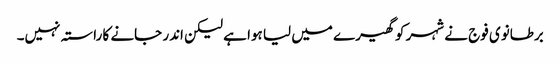
برطانوی فوج نے شہر کو گھیرے میں لیا ہوا ہے لیکن اندر جانے کا راستہ نہیں۔